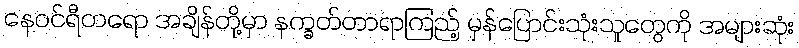
နေဝင်ရီတရော အချိန်တို့မှာ နက္ခတ်တာရာကြည့် မှန်ပြောင်းသုံးသူတွေကို အများဆုံး